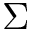
\Sigma